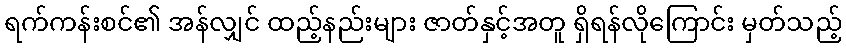
ရက်ကန်းစင်၏ အန်လျှင် ထည့်နည်းများ ဇာတ်နှင့်အတူ ရှိရန်လိုကြောင်း မှတ်သည့်